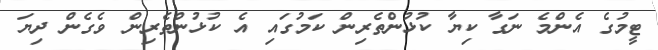
ޓީމުގެ އެންމެ ނަގާ ކިޔާ ކުޅުންތެރިން ކަމުގައި އެ ކުޅުންތެރިން ވެގެން ދިޔަ